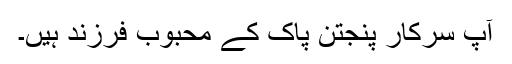
آپ سرکار پنجتن پاک کے محبوب فرزند ہیں۔